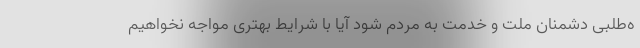
ه‌طلبی دشمنان ملّت و خدمت به مردم شود آیا با شرایط بهتری مواجه نخواهیم